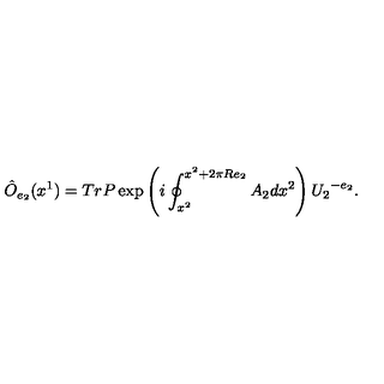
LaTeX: \hat { O } _ { e _ { 2 } } ( x ^ { 1 } ) = T r P \exp \left( i \oint _ { x ^ { 2 } } ^ { x ^ { 2 } + 2 \pi R e _ { 2 } } A _ { 2 } d x ^ { 2 } \right) { U _ { 2 } } ^ { - e _ { 2 } } .